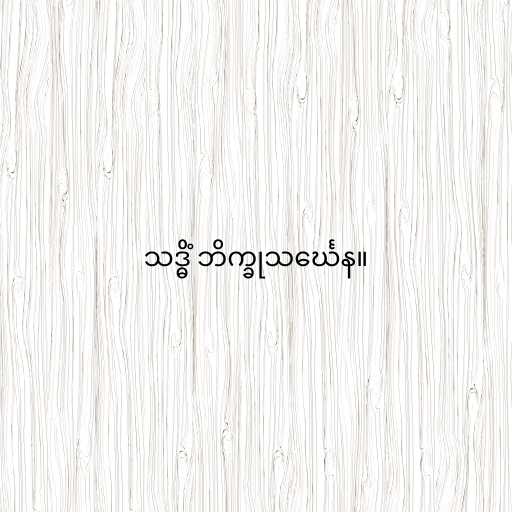
သဒ္ဓိံ ဘိက္ခုသင်္ဃေန။